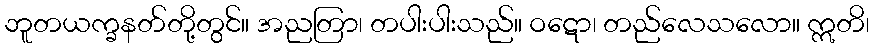
ဘူတယက္ခနတ်တို့တွင်။ အညတြာ၊ တပါးပါးသည်။ ဝဋော၊ တည်လေသလော။ ဣတိ၊